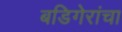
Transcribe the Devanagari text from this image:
बडिगेरांचा